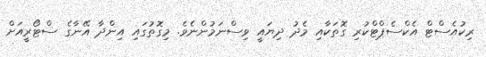
ރިކުއެސްޓް އެކްސެޕްޓްކުރި ގޮތަކާއި މެދު ދިޔައީ ވިސްނަމުންނެވެ. މިގޮތުގައި އިންދާ އޭނާގެ ސްޓޯރީއަށް